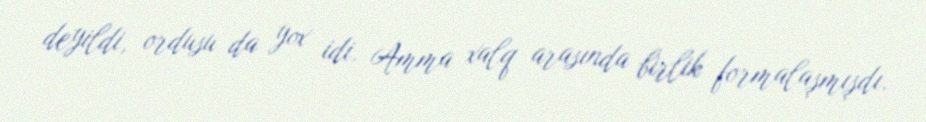
deyildi, ordusu da yox idi. Amma xalq arasında birlik formalaşmışdı.